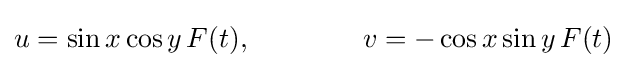
u=\sin x\cos y\,F(t),\qquad \qquad v=-\cos x\sin y\,F(t)